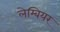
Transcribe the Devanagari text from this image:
लेम्बियर